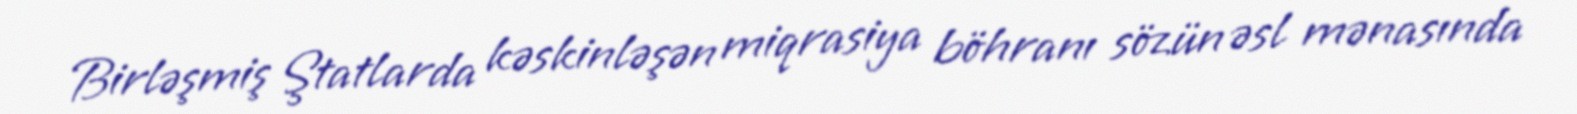
Birləşmiş Ştatlarda kəskinləşən miqrasiya böhranı sözün əsl mənasında